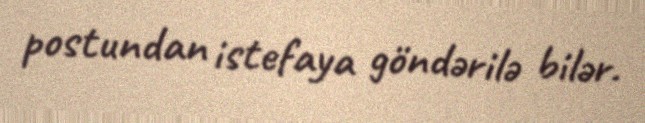
postundan istefaya göndərilə bilər.